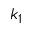
k _ { 1 }